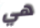
هي